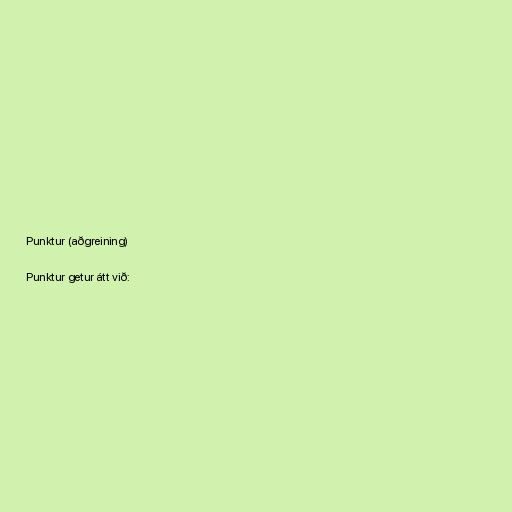
Punktur (aðgreining)

Punktur getur átt við: